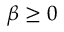
\beta \geq 0